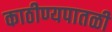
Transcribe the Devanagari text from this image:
काठीण्यपातळी